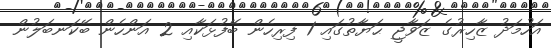
އަހުމަދު ޒާހިރުގެ ޒަވާޖީ ޙަޔާތުގައި 1 ފިރިހެން ބޭފުޅަކާއި 2 އަންހެން ބޭކަނބަލުން